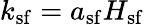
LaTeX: k_{\mathrm{sf}}=a_{\mathrm{sf}}H_{\mathrm{sf}}